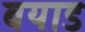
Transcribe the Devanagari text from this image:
बयाड